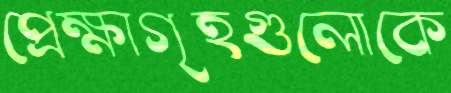
প্রেক্ষাগৃহগুলোকে